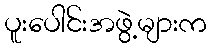
ပူးပေါင်းအဖွဲ့များက